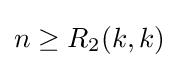
n\geq R_{2}(k,k)